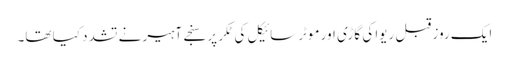
ایک روز قبل ریوا کی گاڑی اور موٹرسائیکل کی ٹکر پر سنجے آہیر نے تشدد کیا تھا۔